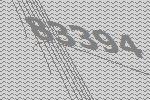
83394